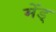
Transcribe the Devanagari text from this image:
मेंड्